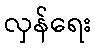
လှန်ရေး